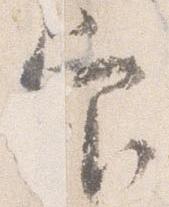
官